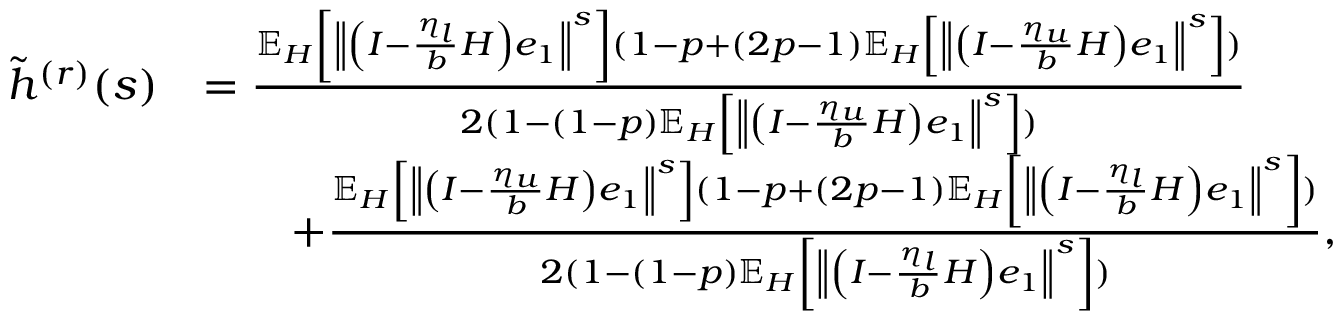
\begin{array} { r l } { \tilde { h } ^ { ( r ) } ( s ) } & { = \frac { \mathbb { E } _ { H } \left[ \left\Vert \left( I - \frac { \eta _ { l } } { b } H \right) e _ { 1 } \right\Vert ^ { s } \right] ( 1 - p + ( 2 p - 1 ) \mathbb { E } _ { H } \left[ \left\Vert \left( I - \frac { \eta _ { u } } { b } H \right) e _ { 1 } \right\Vert ^ { s } \right] ) } { 2 ( 1 - ( 1 - p ) \mathbb { E } _ { H } \left[ \left\Vert \left( I - \frac { \eta _ { u } } { b } H \right) e _ { 1 } \right\Vert ^ { s } \right] ) } } \\ & { \qquad + \frac { \mathbb { E } _ { H } \left[ \left\Vert \left( I - \frac { \eta _ { u } } { b } H \right) e _ { 1 } \right\Vert ^ { s } \right] ( 1 - p + ( 2 p - 1 ) \mathbb { E } _ { H } \left[ \left\Vert \left( I - \frac { \eta _ { l } } { b } H \right) e _ { 1 } \right\Vert ^ { s } \right] ) } { 2 ( 1 - ( 1 - p ) \mathbb { E } _ { H } \left[ \left\Vert \left( I - \frac { \eta _ { l } } { b } H \right) e _ { 1 } \right\Vert ^ { s } \right] ) } , } \end{array}